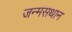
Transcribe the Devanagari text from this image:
जन्मसथान